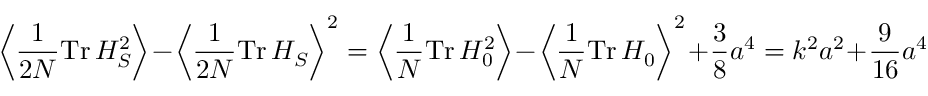
\left\langle \frac { 1 } { 2 N } \mathrm { T r } \, H _ { S } ^ { 2 } \right\rangle - \left\langle \frac { 1 } { 2 N } \mathrm { T r } \, H _ { S } \right\rangle ^ { 2 } = \left\langle \frac { 1 } { N } \mathrm { T r } \, H _ { 0 } ^ { 2 } \right\rangle - \left\langle \frac { 1 } { N } \mathrm { T r } \, H _ { 0 } \right\rangle ^ { 2 } + \frac { 3 } { 8 } a ^ { 4 } = k ^ { 2 } a ^ { 2 } + \frac { 9 } { 1 6 } a ^ { 4 }